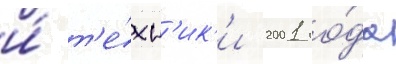
и́ т'е́хн'ик'и 2001 го́да